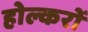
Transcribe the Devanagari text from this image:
होल्करों